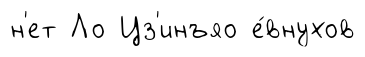
н'ет Ло Цз'инъяо е́внухов